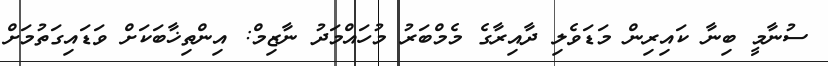
ސުނާމީ ބިނާ ކައިރިން މަޑަވެލި ދާއިރާގެ މެމްބަރު މުހައްމަދު ނާޒިމް: އިންތިޚާބަކަށް ވަޑައިގަތުމަށް